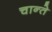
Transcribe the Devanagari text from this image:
चान्ते